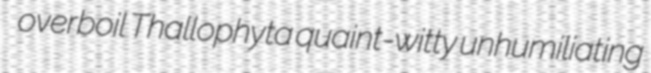
overboil Thallophyta quaint-witty unhumiliating